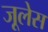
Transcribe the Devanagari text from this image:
जूलेस